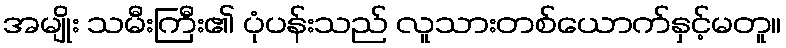
အမျိုး သမီးကြီး၏ ပုံပန်းသည် လူသားတစ်ယောက်နှင့်မတူ။